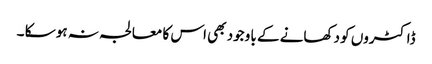
ڈاکٹروں کو دکھانے کے با وجود بھی اس کا معالجہ نہ ہو سکا ۔